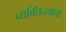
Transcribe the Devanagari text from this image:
व्यक्तित्त्वाचा